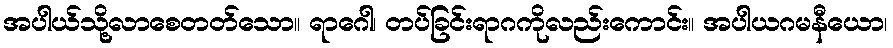
အပါယ်သို့လာစေတတ်သော။ ရာဂေါ၊ တပ်ခြင်းရာဂကိုလည်းကောင်း။ အပါယဂမနီယော၊